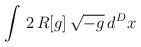
LaTeX: \begin{align*}\int \, 2 \,R[g] \, \sqrt{-g} \, d^Dx\end{align*}